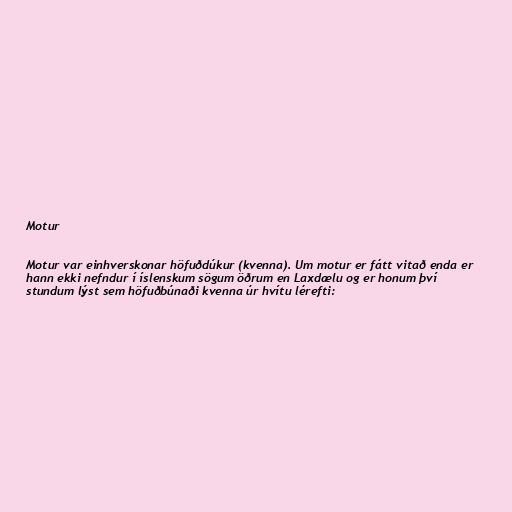
Motur

Motur var einhverskonar höfuðdúkur (kvenna). Um motur er fátt vitað enda er
hann ekki nefndur í íslenskum sögum öðrum en Laxdælu og er honum því
stundum lýst sem höfuðbúnaði kvenna úr hvítu lérefti: